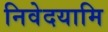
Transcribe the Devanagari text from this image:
निवेदयामि